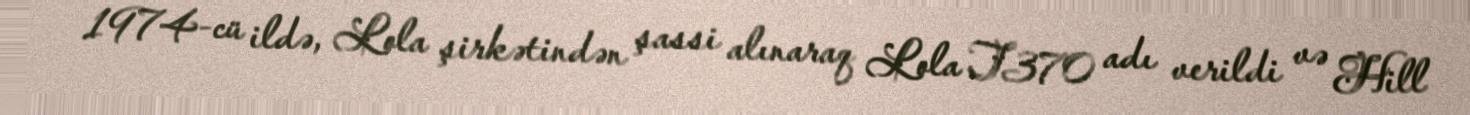
1974-cü ildə, Lola şirkətindən şassi alınaraq Lola T370 adı verildi və Hill